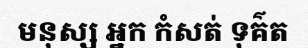
មនុស្ស អ្នក កំសត់ ទុគ៌ត